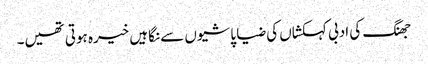
جھنگ کی ادبی کہکشاں کی ضیا پاشیوں سے نگاہیں خیرہ ہوتی تھیں۔